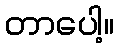
တာပေါ့။